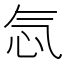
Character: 忥